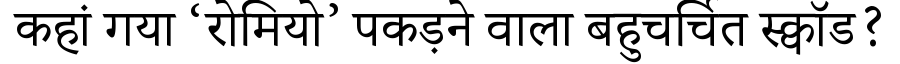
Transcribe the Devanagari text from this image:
कहां गया ‘रोमियो’ पकड़ने वाला बहुचर्चित स्क्वॉड?